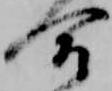
合